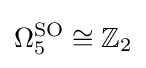
\Omega _{5}^{\operatorname {SO} }\cong \mathbb {Z} _{2}